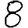
Digit: 8